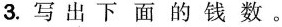
3.写 出下面的钱数。